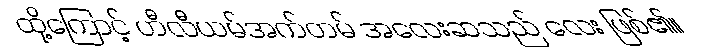
ထို့ကြောင့် ဟီလီယမ်အက်တမ် အလေးဆသည် လေး ဖြစ်၏။